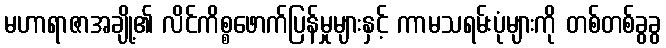
မဟာရာဇာအချို့၏ လိင်ကိစ္စဖောက်ပြန်မှုများနှင့် ကာမသရမ်းပုံများကို တစ်တစ်ခွခွ